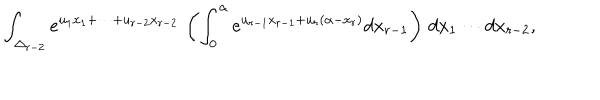
\int _ { \Delta _ { r - 2 } } e ^ { u _ { 1 } x _ { 1 } + \cdots + u _ { r - 2 } x _ { r - 2 } } \, \left( \int _ { 0 } ^ { \alpha } e ^ { u _ { r - 1 } x _ { r - 1 } + u _ { r } ( \alpha - x _ { r } ) } d x _ { r - 1 } \right) \, d x _ { 1 } \cdots d x _ { r - 2 } ,